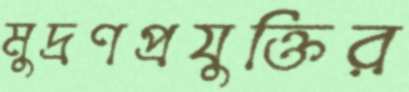
মুদ্রণপ্রযুক্তির